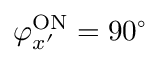
\varphi _ { x ^ { \prime } } ^ { \mathrm { { O N } } } = 9 0 ^ { \circ }